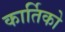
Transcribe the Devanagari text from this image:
कार्तिको